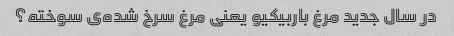
در سال جدید مرغ باربیکیو یعنی مرغ سرخ شده‌ی سوخته؟